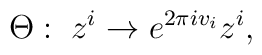
\Theta :\; z^i \rightarrow e^{2\pi iv_i} z^i,